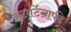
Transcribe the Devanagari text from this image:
स्टार्टिग्राफी